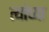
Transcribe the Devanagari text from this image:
त्यांच्या